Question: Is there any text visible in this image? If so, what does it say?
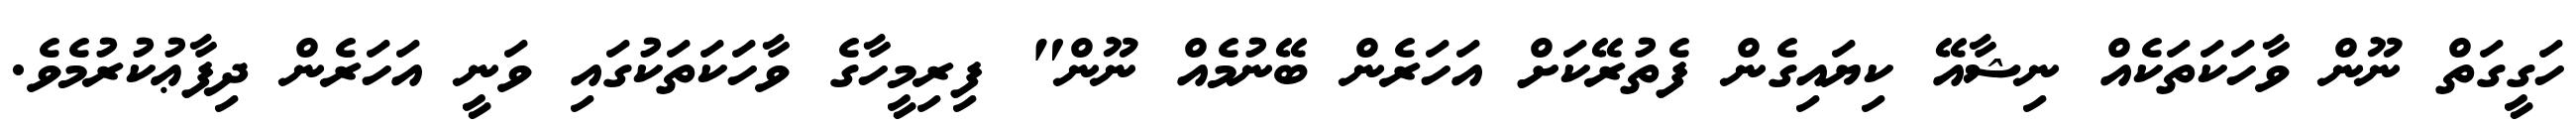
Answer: ހަގީގަތް ނޫން ވާހަކަތަކެއް ނިޝާއޭ ކިޔައިގެން ފެތުރޭކަށް އަހަރެން ބޭނުމެއް ނޫން" ފިރިމީހާގެ ވާހަކަތަކުގައި ވަނީ އަހަރެން ދިފާޢުކުރުމެވެ.